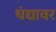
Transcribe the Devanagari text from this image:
धंद्यावर